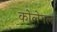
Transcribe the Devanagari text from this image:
को्लेगल